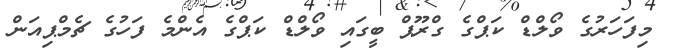
މިފަހަރުގެ ވޯލްޑް ކަޕްގެ ގްރޫޕް ބީގައި ވޯލްޑް ކަޕްގެ އެންމެ ފަހުގެ ޗެމްޕިއަން